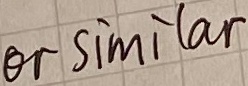
Text: or similar